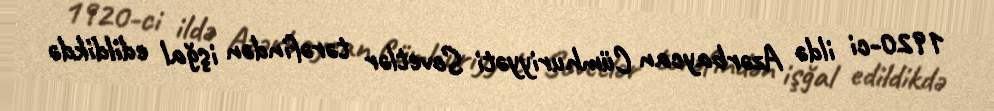
1920-ci ildə Azərbaycan Cümhuriyyəti Sovetlər tərəfindən işğal edildikdə